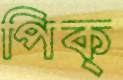
পিক্